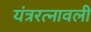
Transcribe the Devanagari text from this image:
यंत्ररत्नावली